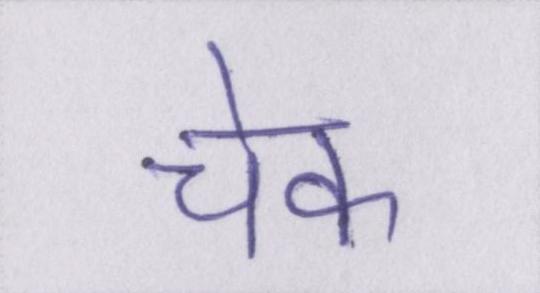
चेक